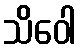
သိဝေါ